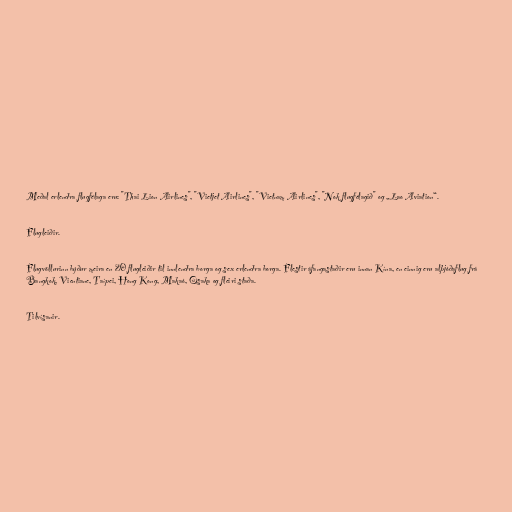
Meðal erlendra flugfélaga eru: "Thai Lion Airlines", "Vietjet Airlines", "Vietnam Airlines", "Nok flugfélagið" og „Lao Aviation“.

Flugleiðir.

Flugvöllurinn býður meira en 20 flugleiðir til innlendra borga og sex erlendra borga. Flestir áfangastaðir eru innan Kína, en einnig eru alþjóðaflug frá
Bangkok, Vientiane, Taípei, Hong Kong, Makaó, Osaka og fleiri staða.

Tilvísanir.